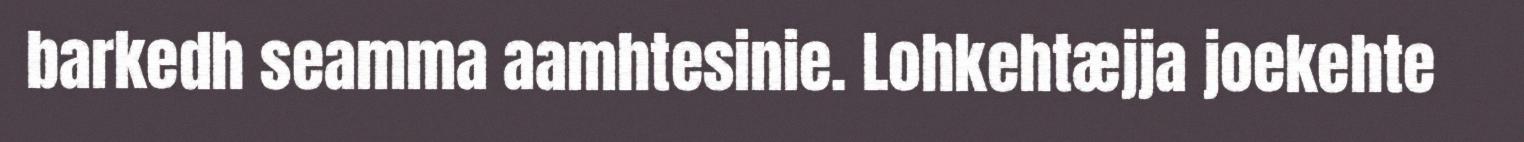
barkedh seamma aamhtesinie. Lohkehtæjja joekehte